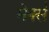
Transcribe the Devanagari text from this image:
मेर्क्स